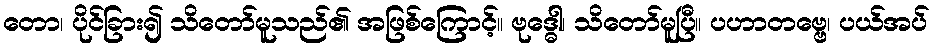
တော၊ ပိုင်ခြား၍ သိတော်မူသည်၏ အဖြစ်ကြောင့်။ ဗုဒ္ဓေါ၊ သိတော်မူပြီ။ ပဟာတဗ္ဗေ၊ ပယ်အပ်